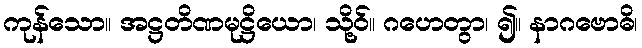
ကုန်သော။ အဋ္ဌတိဏမုဋ္ဌိယော၊ သို့ဝ်။ ဂဟေတွာ၊ ၍။ နာဂဗောဓိ၊